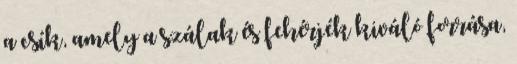
a csík, amely a szálak és fehérjék kiváló forrása,